Vaccination in Burma 1889-1999 - 1889-1999
Year: 1889
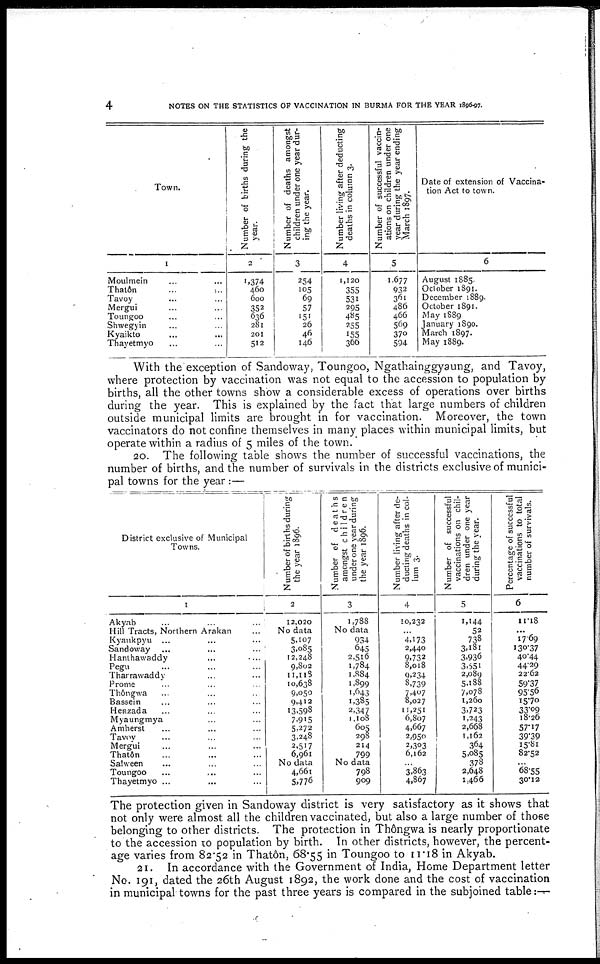
4
NOTES ON THE STATISTICS OF VACCINATION IN BURMA FOR THE YEAR 1896-97.
Town.
1
Moulmein... ... ... ...
Thatôn
...
...
...
...
Tavoy ... ... ... ...
Mergui... ... ... ...
Toungoo... ... ... ...
Shwegyin... ... ... ...
Kyaikto... ... ... ...
Thayetmyo... ... ...
Number of births during the
year.
2
1,374
460
600
352
636
281
201
512
Number of deaths amongst
children under one year dur-
ing the year.
3
254
105
69
57
151
26
46
146
Number living after deducting
deaths in column 3.
4
1,120
355
531
295
485
255
155
366
Number of successful vaccin-
ations on children under one
year during the year ending
March 1897.
5
1,677
932
361
486
466
569
370
594
Date of extension of Vaccina-
tion Act to town.
6
August 1885.
October 1891.
December 1889.
October 1891.
May 1889
January 1890.
March 1897.
May 1889.
With the exception of Sandoway, Toungoo, Ngathainggyaung, and Tavoy,
where protection by vaccination was not equal to the accession to population by
births, all the other towns show a considerable excess of operations over births
during the year. This is explained by the fact that large numbers of children
outside municipal limits are brought in for vaccination. Moreover, the town
vaccinators do not confine themselves in many places within municipal limits, but
operate within a radius of 5 miles of the town.
20. The following table shows the number of successful vaccinations, the
number of births, and the number of survivals in the districts exclusive of munici-
pal towns for the year :—
District exclusive of Municipal
Towns.
1
Akyab...
...
...
...
Hill Tracts, Northern Arakan ... ... ...
Kyaukpyu
...
...
...
Sandoway...
...
...
Hanihawaddy...
...
...
Pegu... ... ...
Tharrawaddy... ... ...
Prome... ... ...
Thôngwa... ... ... ...
Bassein... ... ... ...
Henzada... ... ... ...
Myaungmya... ... ...
Amherst... ... ...
Tavoy... ... ...
Mergui... ... ...
Thatôn... ... ...
Salween... ... ...
Toungoo... ... ...
Thayetmyo... ... ...
Number of births during
the year 1896.
2
12,020
No data
5,107
3,085
12,248
9,802
11,118
10,638
9,050
9,412
13,598
7,915
5,272
3,248
2,517
6,961
No data
4,661
5,776
Number of deaths
amongst children
under one year during
the year 1896.
3
1,788
No data
934
645
2,516
1,784
1,884
1,899
1,643
1,385
2,347
1,108
605
298
214
799
No data
798
909
Number living after de-
ducting deaths in col-
lum 3.
4
10,232
...
4,173
2,440
9,732
8,018
9,234
8,739
7,407
8,027
11,251
6,807
4,667
2,950
2,303
6,162
...
3,863
4,867
Number of successful
vaccinations on chil-
dren under one year
during the year.
5
1,144
52
738
3,181
3,936
3,551
2,089
5,188
7,078
1,260
3,723
1,243
2,668
1,162
364
5,085
378
2,648
1,466
Percentage of successful
vaccinations to total
number of survivals.
6
11.18
...
17.69
130.37
40.44
44.29
22.62
59.37
95.56
15.70
33.09
18.26
57.17
39.39
15.81
82.52
...
68.55
30.12
The protection given in Sandoway district is very satisfactory as it shows that
not only were almost all the children vaccinated, but also a large number of those
belonging to other districts. The protection in Thôngwa is nearly proportionate
to the accession to population by birth. In other districts, however, the percent-
age varies from 82.52 in Thatôn, 68.55 in Toungoo to 11.18 in Akyab.
21. In accordance with the Government of India, Home Department letter
No. 191, dated the 26th August 1892, the work done and the cost of vaccination
in municipal towns for the past three years is compared in the subjoined table :
—